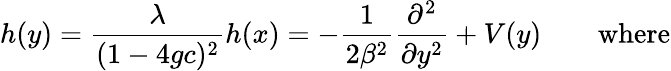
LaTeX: h(y)={\frac{\lambda}{(1-4gc)^{2}}}h(x)=-{\frac{1}{2\beta^{2}}}{\frac{\partial^{2}}{\partial y^{2}}}+V(y)\qquad\mathrm{where}